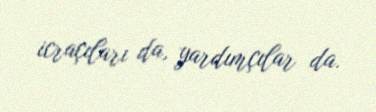
icraçıları da, yardımçılar da.